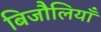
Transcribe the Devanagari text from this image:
बिजौलियाँ